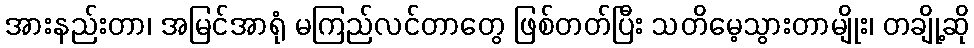
အားနည်းတာ၊ အမြင်အာရုံ မကြည်လင်တာတွေ ဖြစ်တတ်ပြီး သတိမေ့သွားတာမျိုး၊ တချို့ဆို